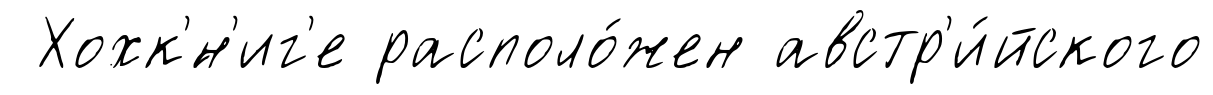
Хохк'́н'иг'е располо́жен австр'и́йского